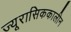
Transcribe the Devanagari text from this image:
ज्यूरासिककालीन